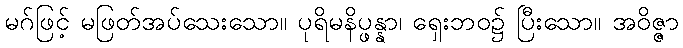
မဂ်ဖြင့် မဖြတ်အပ်သေးသော။ ပုရိမနိပ္ဖန္နာ၊ ရှေးဘဝ၌ ပြီးသော။ အဝိဇ္ဇာ